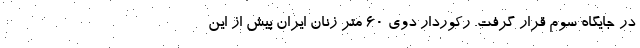
در جایگاه سوم قرار گرفت. رکوردار دوی ۶۰ متر زنان ایران پیش از این